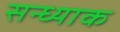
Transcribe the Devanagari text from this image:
सन्ध्याक